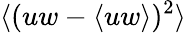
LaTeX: \langle(uw-\langle uw\rangle)^{2}\rangle